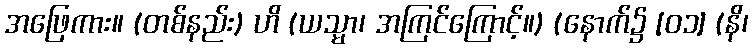
အဖြေကား။ (တစ်နည်း) ဟိ (ယသ္မာ၊ အကြင်ကြောင့်။) (နောက်၌ [၀၁] (နိ၊